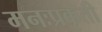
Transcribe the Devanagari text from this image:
मनःप्रकृती